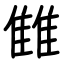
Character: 雔